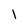
Character: l